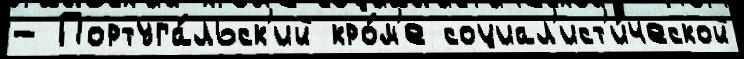
- Португа́льск'ий кро́м'е социал'ист'и́ческой